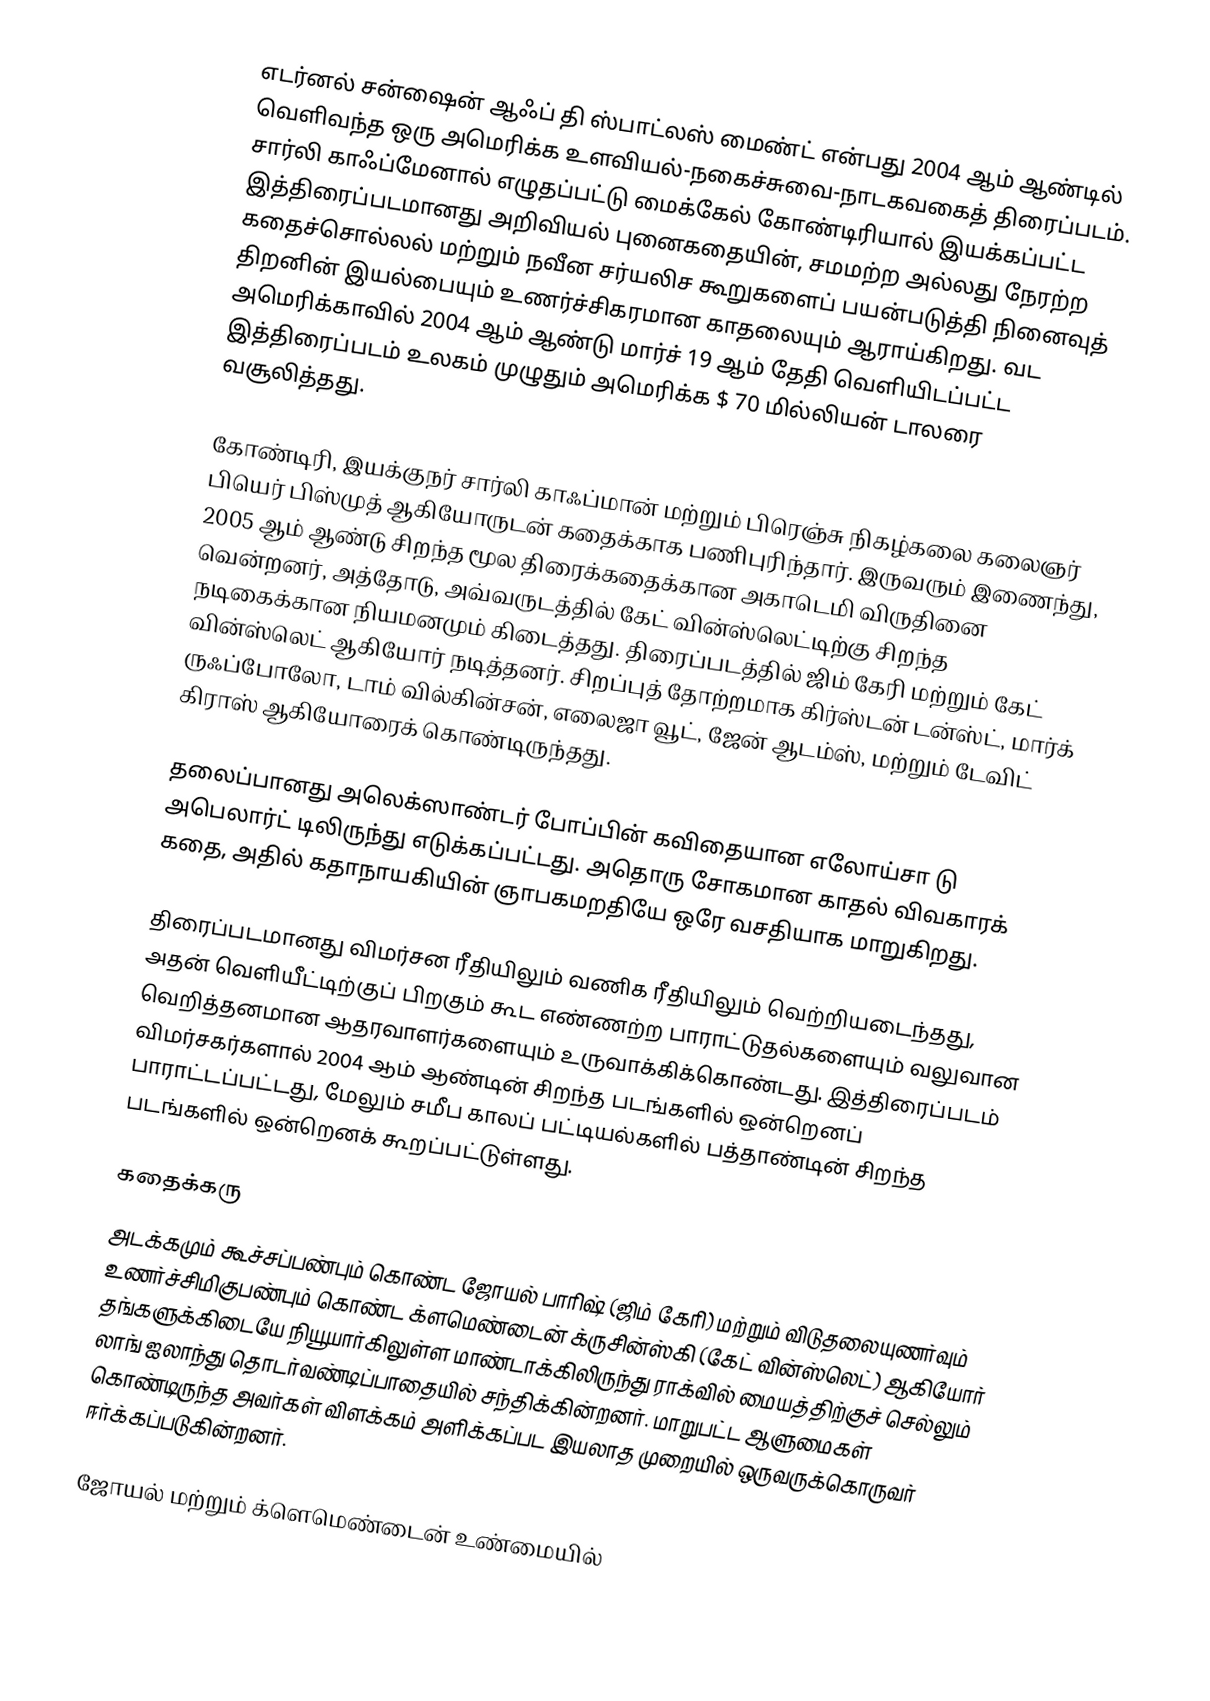
எடர்னல் சன்ஷைன் ஆஃப் தி ஸ்பாட்லஸ் மைண்ட்  என்பது 2004 ஆம் ஆண்டில் வெளிவந்த ஒரு அமெரிக்க உளவியல்-நகைச்சுவை-நாடகவகைத் திரைப்படம். சார்லி காஃப்மேனால் எழுதப்பட்டு மைக்கேல் கோண்டிரியால் இயக்கப்பட்ட இத்திரைப்படமானது அறிவியல் புனைகதையின், சமமற்ற அல்லது நேரற்ற கதைச்சொல்லல் மற்றும் நவீன சர்யலிச கூறுகளைப் பயன்படுத்தி நினைவுத் திறனின் இயல்பையும் உணர்ச்சிகரமான காதலையும் ஆராய்கிறது. வட அமெரிக்காவில் 2004 ஆம் ஆண்டு மார்ச் 19 ஆம் தேதி வெளியிடப்பட்ட இத்திரைப்படம் உலகம் முழுதும் அமெரிக்க $ 70 மில்லியன் டாலரை வசூலித்தது.

கோண்டிரி, இயக்குநர் சார்லி காஃப்மான் மற்றும் பிரெஞ்சு நிகழ்கலை கலைஞர் பியெர் பிஸ்முத் ஆகியோருடன் கதைக்காக பணிபுரிந்தார். இருவரும் இணைந்து, 2005 ஆம் ஆண்டு சிறந்த மூல திரைக்கதைக்கான அகாடெமி விருதினை வென்றனர், அத்தோடு, அவ்வருடத்தில் கேட் வின்ஸ்லெட்டிற்கு சிறந்த நடிகைக்கான நியமனமும் கிடைத்தது. திரைப்படத்தில் ஜிம் கேரி மற்றும் கேட் வின்ஸ்லெட் ஆகியோர் நடித்தனர். சிறப்புத் தோற்றமாக கிர்ஸ்டன் டன்ஸ்ட், மார்க் ருஃப்போலோ, டாம் வில்கின்சன், எலைஜா வூட், ஜேன் ஆடம்ஸ், மற்றும் டேவிட் கிராஸ் ஆகியோரைக் கொண்டிருந்தது.

தலைப்பானது அலெக்ஸாண்டர் போப்பின் கவிதையான எலோய்சா டு அபெலார்ட் டிலிருந்து எடுக்கப்பட்டது. அதொரு சோகமான காதல் விவகாரக் கதை, அதில் கதாநாயகியின் ஞாபகமறதியே ஒரே வசதியாக மாறுகிறது.

திரைப்படமானது விமர்சன ரீதியிலும் வணிக ரீதியிலும் வெற்றியடைந்தது, அதன் வெளியீட்டிற்குப் பிறகும் கூட எண்ணற்ற பாராட்டுதல்களையும் வலுவான வெறித்தனமான ஆதரவாளர்களையும் உருவாக்கிக்கொண்டது. இத்திரைப்படம் விமர்சகர்களால் 2004 ஆம் ஆண்டின் சிறந்த படங்களில் ஒன்றெனப் பாராட்டப்பட்டது, மேலும் சமீப காலப் பட்டியல்களில் பத்தாண்டின் சிறந்த படங்களில் ஒன்றெனக் கூறப்பட்டுள்ளது.

கதைக்கரு
அடக்கமும் கூச்சப்பண்பும் கொண்ட ஜோயல் பாரிஷ் (ஜிம் கேரி) மற்றும் விடுதலையுணர்வும் உணர்ச்சிமிகுபண்பும் கொண்ட க்ளமெண்டைன் க்ருசின்ஸ்கி (கேட் வின்ஸ்லெட்) ஆகியோர் தங்களுக்கிடையே நியூயார்கிலுள்ள மாண்டாக்கிலிருந்து ராக்வில் மையத்திற்குச் செல்லும்  லாங் ஐலாந்து தொடர்வண்டிப்பாதையில் சந்திக்கின்றனர். மாறுபட்ட ஆளுமைகள் கொண்டிருந்த அவர்கள் விளக்கம் அளிக்கப்பட இயலாத முறையில் ஒருவருக்கொருவர் ஈர்க்கப்படுகின்றனர்.

ஜோயல் மற்றும் க்ளெமெண்டைன் உண்மையில்